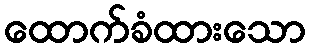
ထောက်ခံထားသော